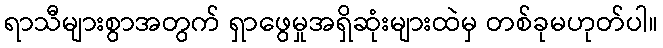
ရာသီများစွာအတွက် ရှာဖွေမှုအရှိဆုံးများထဲမှ တစ်ခုမဟုတ်ပါ။